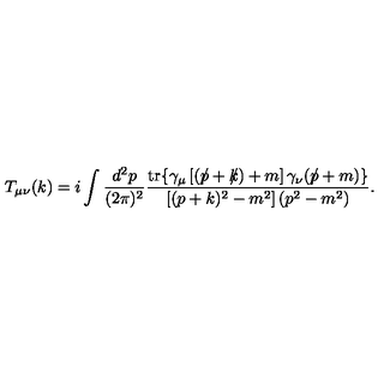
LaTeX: T _ { \mu \nu } ( k ) = i \int \frac { d ^ { 2 } p } { ( 2 \pi ) ^ { 2 } } \frac { \mathrm { t r } \{ \gamma _ { \mu } \left[ ( p \! \! \! \slash + k \! \! \! \slash ) + m \right] \gamma _ { \nu } ( p \! \! \! \slash + m ) \} } { \left[ ( p + k ) ^ { 2 } - m ^ { 2 } \right] ( p ^ { 2 } - m ^ { 2 } ) } .